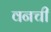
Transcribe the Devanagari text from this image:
वनची